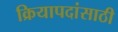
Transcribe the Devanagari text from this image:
क्रियापदांसाठी